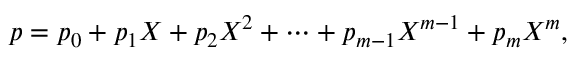
p = p _ { 0 } + p _ { 1 } X + p _ { 2 } X ^ { 2 } + \cdots + p _ { m - 1 } X ^ { m - 1 } + p _ { m } X ^ { m } ,